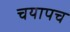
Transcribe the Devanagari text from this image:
चयापच